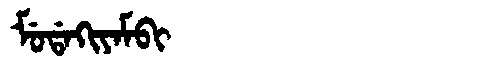
Manchu: ᠮᡠᡩᠠᡴᡳᠶᠠᠮᠪᡳ
Romanization: MUDAKIYAMBI